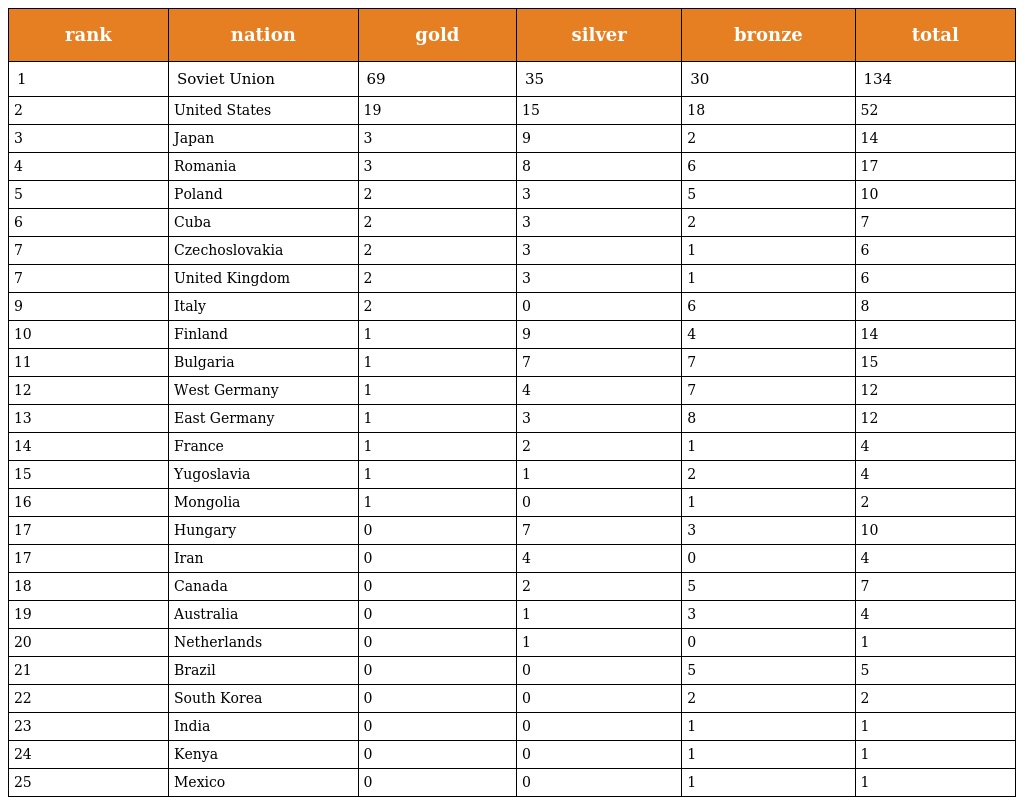
| rank | nation | gold | silver | bronze | total |
 | --- | --- | --- | --- | --- | --- |
 | 1 | Soviet Union | 69 | 35 | 30 | 134 |
 | 2 | United States | 19 | 15 | 18 | 52 |
 | 3 | Japan | 3 | 9 | 2 | 14 |
 | 4 | Romania | 3 | 8 | 6 | 17 |
 | 5 | Poland | 2 | 3 | 5 | 10 |
 | 6 | Cuba | 2 | 3 | 2 | 7 |
 | 7 | Czechoslovakia | 2 | 3 | 1 | 6 |
 | 7 | United Kingdom | 2 | 3 | 1 | 6 |
 | 9 | Italy | 2 | 0 | 6 | 8 |
 | 10 | Finland | 1 | 9 | 4 | 14 |
 | 11 | Bulgaria | 1 | 7 | 7 | 15 |
 | 12 | West Germany | 1 | 4 | 7 | 12 |
 | 13 | East Germany | 1 | 3 | 8 | 12 |
 | 14 | France | 1 | 2 | 1 | 4 |
 | 15 | Yugoslavia | 1 | 1 | 2 | 4 |
 | 16 | Mongolia | 1 | 0 | 1 | 2 |
 | 17 | Hungary | 0 | 7 | 3 | 10 |
 | 17 | Iran | 0 | 4 | 0 | 4 |
 | 18 | Canada | 0 | 2 | 5 | 7 |
 | 19 | Australia | 0 | 1 | 3 | 4 |
 | 20 | Netherlands | 0 | 1 | 0 | 1 |
 | 21 | Brazil | 0 | 0 | 5 | 5 |
 | 22 | South Korea | 0 | 0 | 2 | 2 |
 | 23 | India | 0 | 0 | 1 | 1 |
 | 24 | Kenya | 0 | 0 | 1 | 1 |
 | 25 | Mexico | 0 | 0 | 1 | 1 |